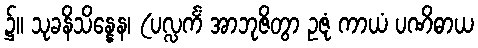
၌။ သုခနိသိန္နေန၊ (ပလ္လင်္ကံ အာဘုဇိတွာ ဥဇုံ ကာယံ ပဏိဓာယ